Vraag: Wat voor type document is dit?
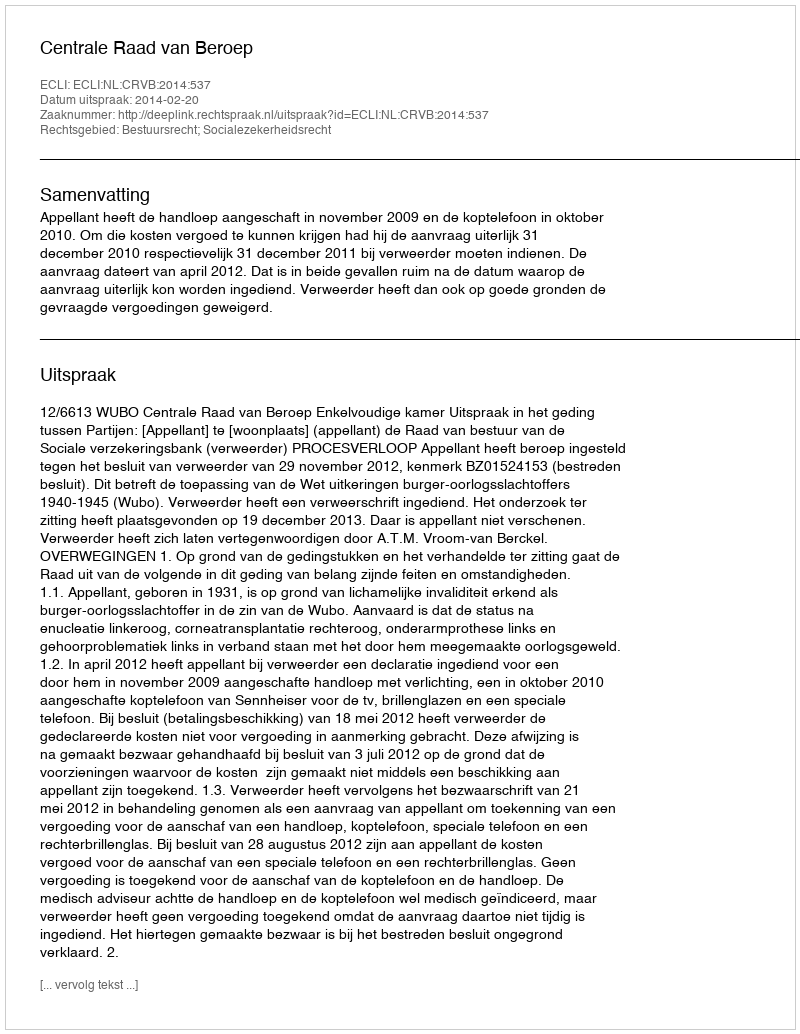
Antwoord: Uitspraak